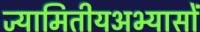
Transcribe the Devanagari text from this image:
ज्यामितीयअभ्यासों